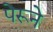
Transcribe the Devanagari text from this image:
पेरूने